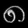
Digit: ၈